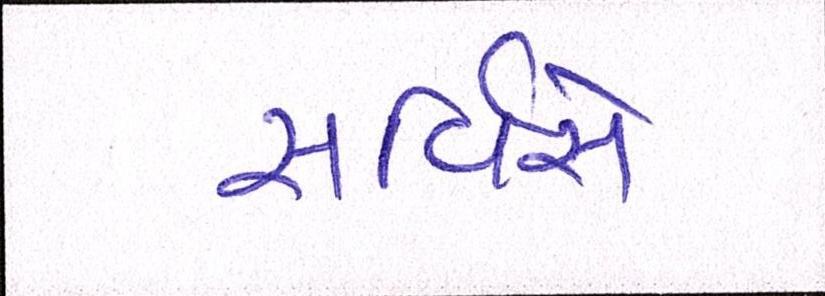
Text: સર્વિસે